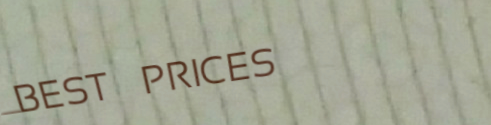
BEST PRICES